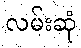
လမ်းဆုံ